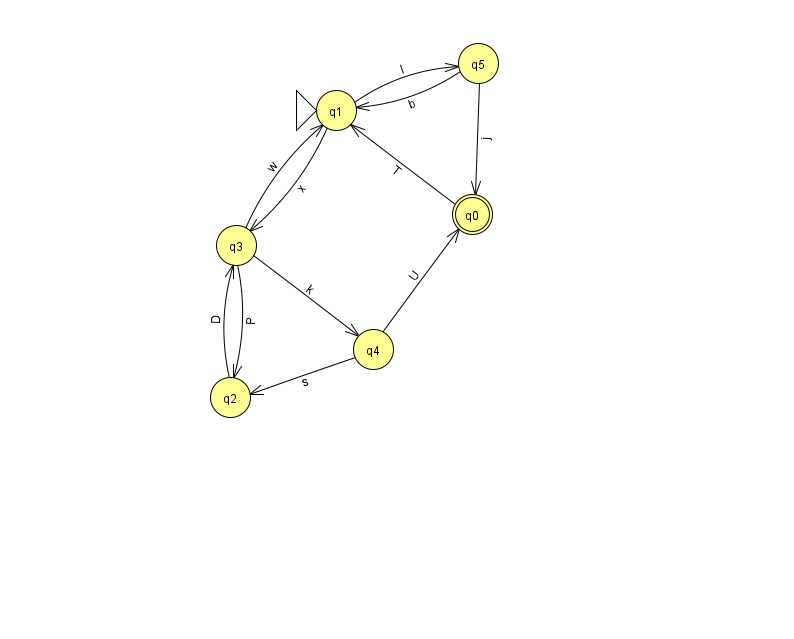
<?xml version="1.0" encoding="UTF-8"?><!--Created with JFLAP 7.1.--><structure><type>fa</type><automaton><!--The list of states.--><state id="0" name="q0"><x>472.0</x><y>201.0</y><final/></state><state id="1" name="q1"><x>336.0</x><y>97.0</y><initial/></state><state id="2" name="q2"><x>230.0</x><y>384.0</y></state><state id="3" name="q3"><x>236.0</x><y>232.0</y></state><state id="4" name="q4"><x>373.0</x><y>336.0</y></state><state id="5" name="q5"><x>478.0</x><y>50.0</y></state><!--The list of transitions.--><transition><from>4</from><to>0</to><read>U</read></transition><transition><from>0</from><to>1</to><read>T</read></transition><transition><from>3</from><to>1</to><read>w</read></transition><transition><from>5</from><to>1</to><read>b</read></transition><transition><from>4</from><to>2</to><read>s</read></transition><transition><from>1</from><to>5</to><read>l</read></transition><transition><from>3</from><to>2</to><read>P</read></transition><transition><from>5</from><to>0</to><read>j</read></transition><transition><from>1</from><to>3</to><read>x</read></transition><transition><from>3</from><to>4</to><read>k</read></transition><transition><from>2</from><to>3</to><read>D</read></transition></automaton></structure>